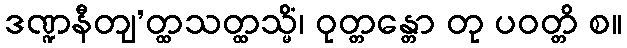
ဒဏ္ဍနီတျ’တ္ထသတ္ထသ္မိံ၊ ဝုတ္တန္တော တု ပဝတ္တိ စ။